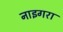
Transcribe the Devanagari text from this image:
नाइगरा